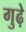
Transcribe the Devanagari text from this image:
गुढ़े